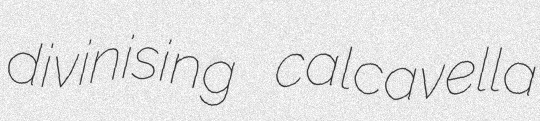
divinising calcavella